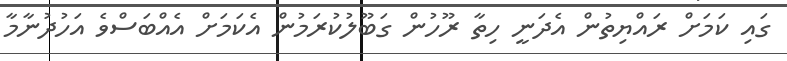
ގައި ކަމަށް ރައްޔިތުން އެދަނީ ހިތާ ރޫހުން ގަބޫލުކުރަމުން އެކަމަށް އެއްބަސްވެ އަހުދުނާމާ